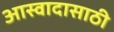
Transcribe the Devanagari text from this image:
आस्वादासाठी